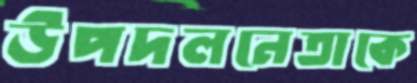
উপদলনেতাকে